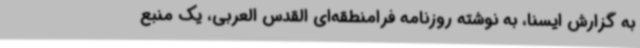
به گزارش ایسنا، به نوشته روزنامه فرامنطقه‌ای القدس العربی، یک منبع